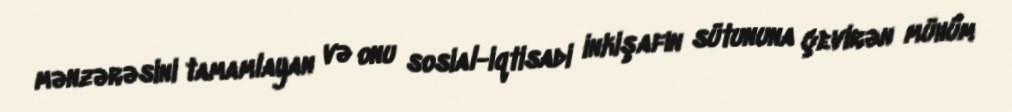
mənzərəsini tamamlayan və onu sosial-iqtisadi inkişafın sütununa çevirən mühüm